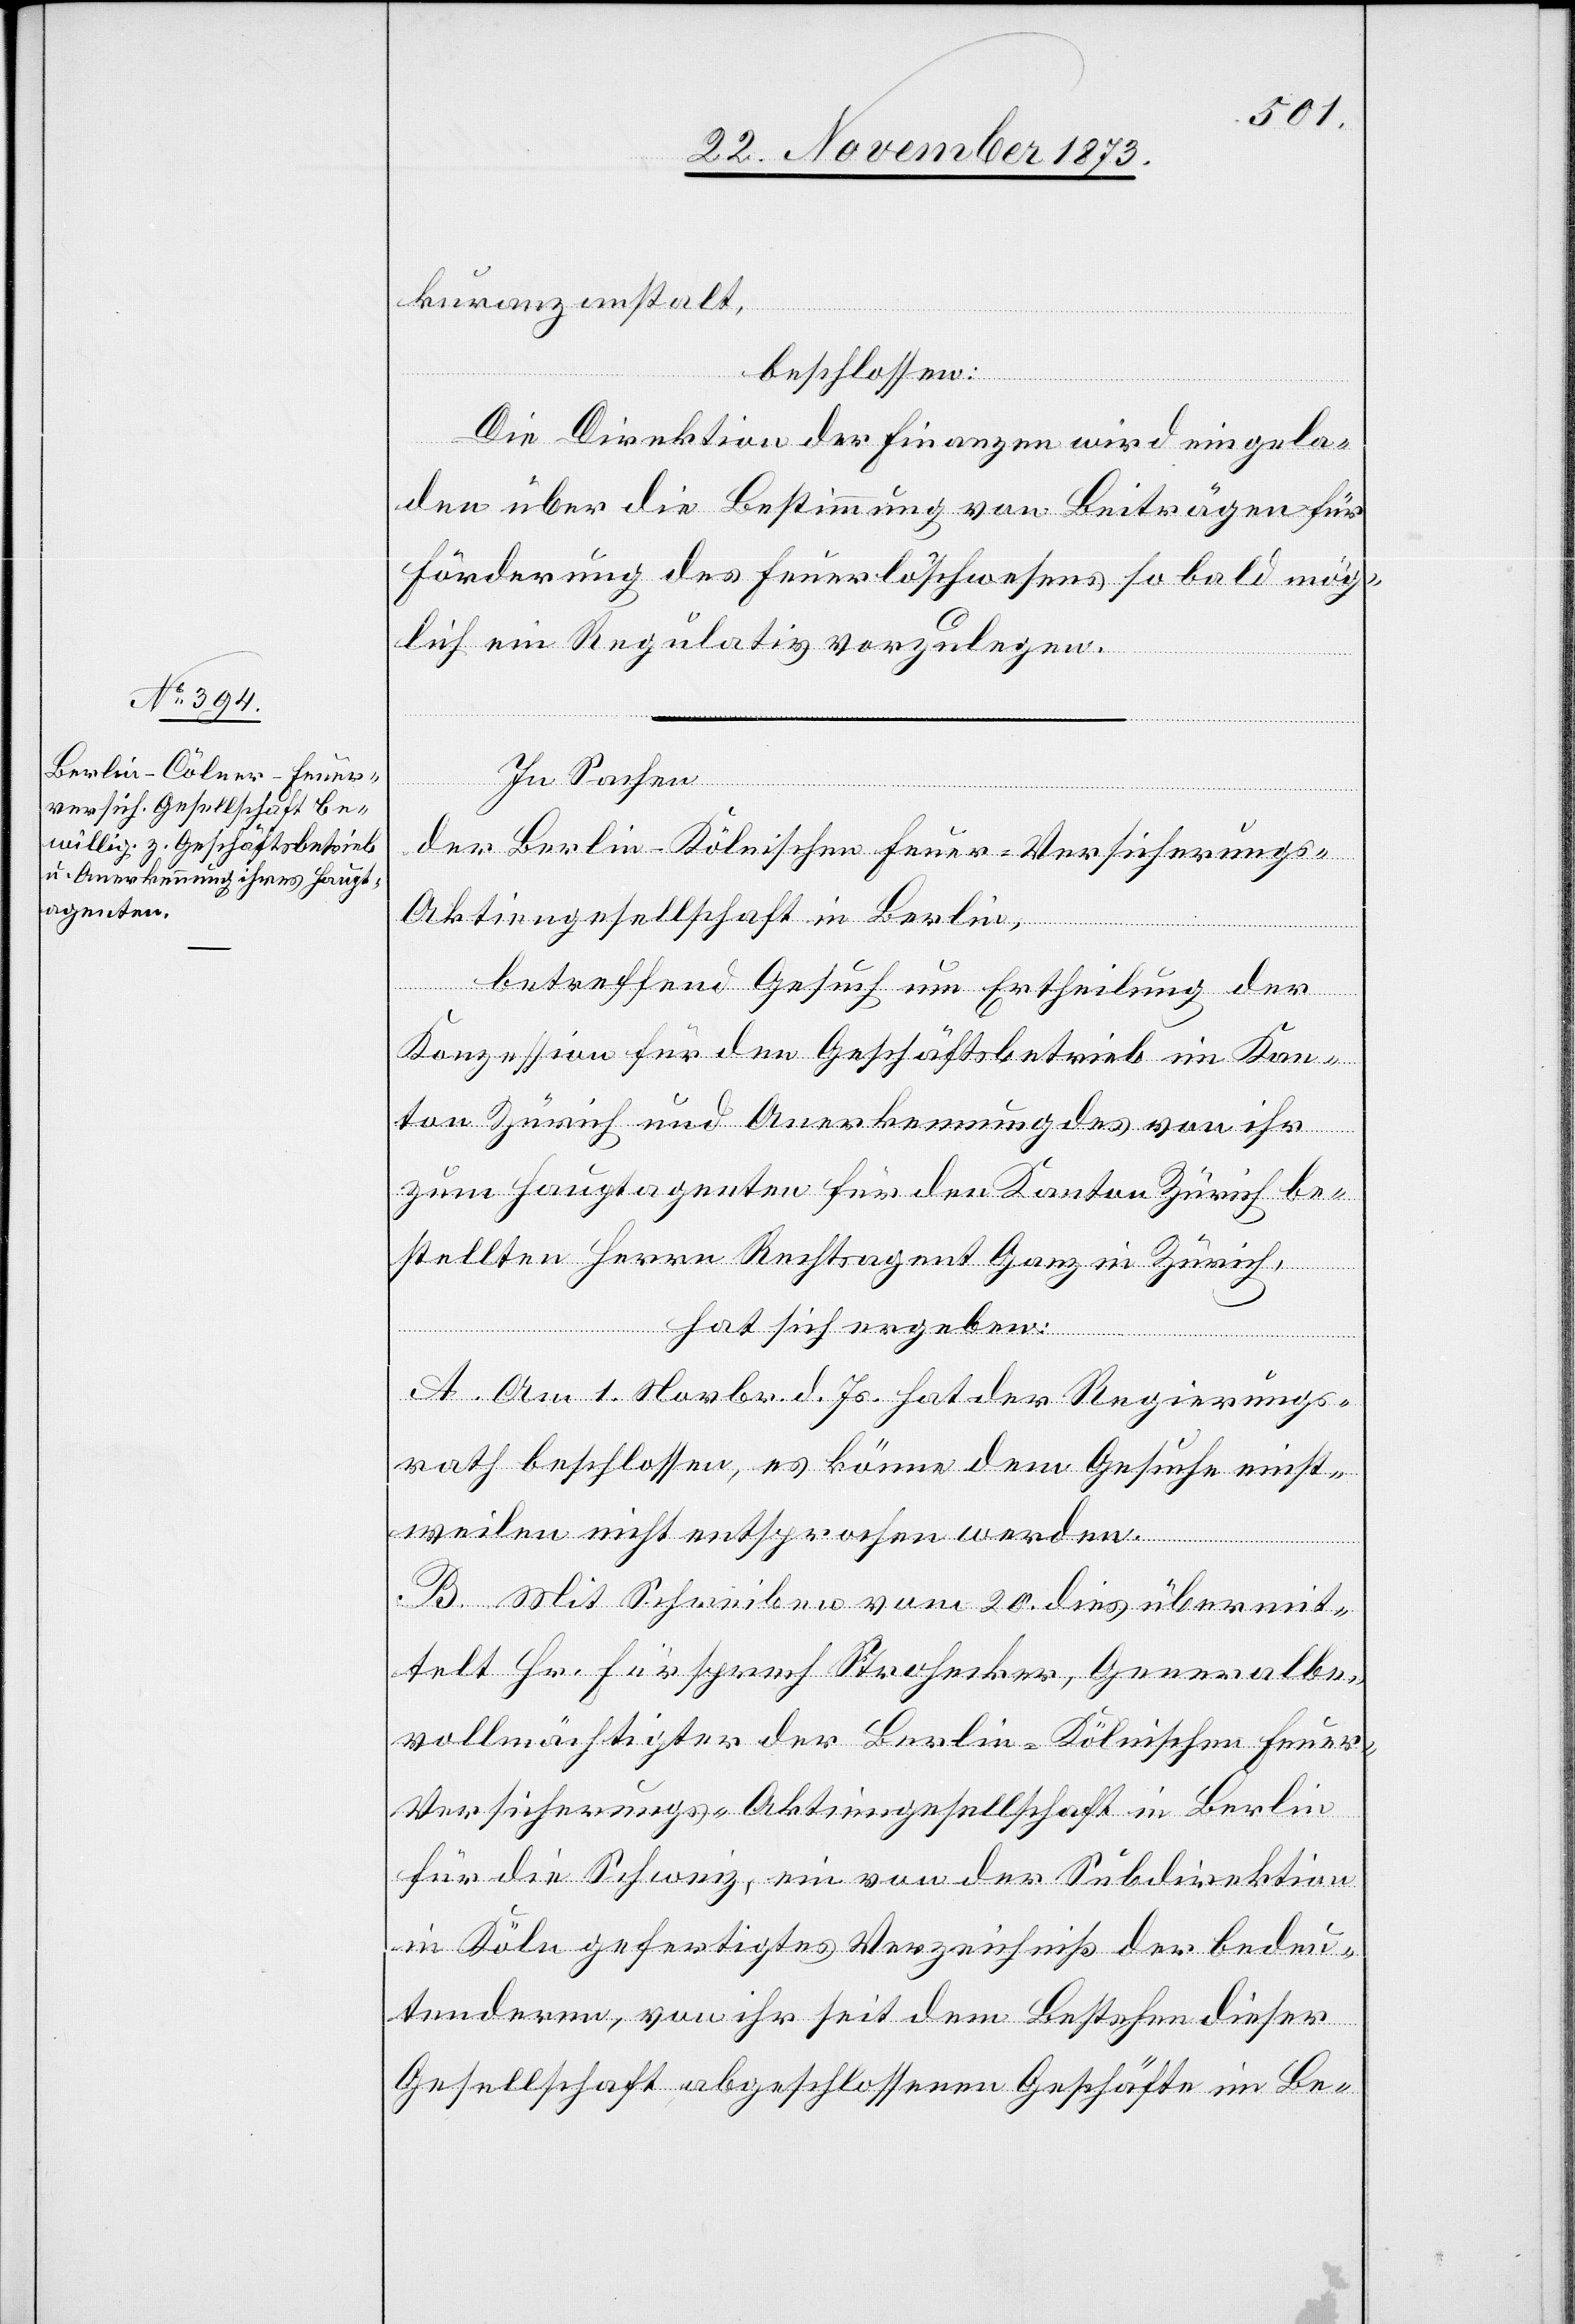
kuranzanstalt,
beschlossen:
Die Direktion der Finanzen wird eingela¬
den über die Bestimmung von Beiträgen für
Förderung des Feuerlöschwesens so bald mög¬
[sic!] ein Regulativ vorzulegen.
lich
In Sachen
der Berlin-Kölnischen Feuer-Versicherungs-A¬
ktiengesellschaft in Berlin,
betreffend Gesuch um Ertheilung der
Konzession für den Geschäftsbetrieb im Kan¬
ton Zürich und Anerkennung des von ihr
zum Hauptagenten für den Kanton Zürich be¬
stellten Herrn Rechtsagent Ganz in Zürich,
hat sich ergeben:
A. Am 1. Novbr. d. Js. hat der Regierungs¬
rath beschlossen, es könne dem Gesuche einst¬
weilen nicht entsprochen werden.
B. Mit Schreiben vom 20. dies übermit¬
telt Hr. Fürsprech Strohecker, Generalbe¬
vollmächtigter der Berlin-Kölnischen Feue¬
r-Versicherungs-Aktiengesellschaft in Berlin
für die Schweiz, ein von der Subdirektion
in Köln gefertigtes Verzeichniß der bedeu¬
tenderen, von ihr seit dem Bestehen dieser
Gesellschaft abgeschlossenen Geschäfte im Be-